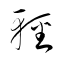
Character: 軽